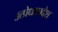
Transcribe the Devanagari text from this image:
उत्प्रेधप्रादेश